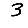
Digit: 3